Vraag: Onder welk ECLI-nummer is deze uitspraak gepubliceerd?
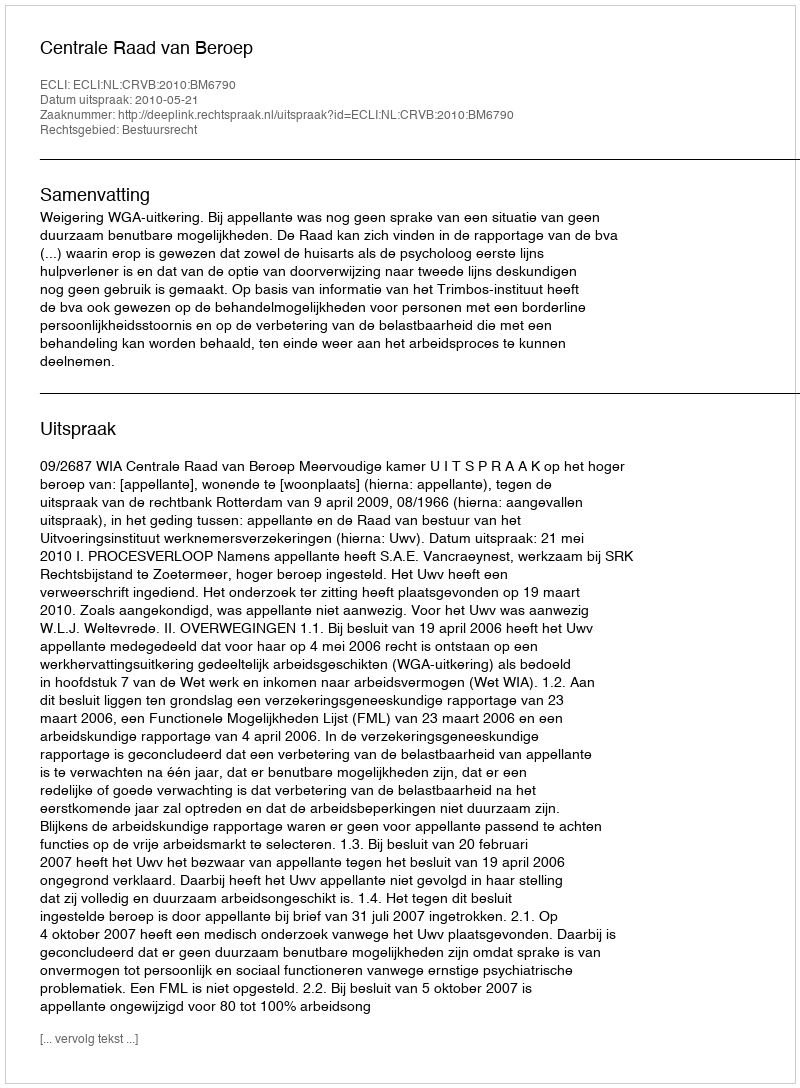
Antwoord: ECLI:NL:CRVB:2010:BM6790